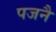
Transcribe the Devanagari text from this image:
पजनै